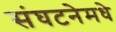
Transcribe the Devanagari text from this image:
संघटनेमधे